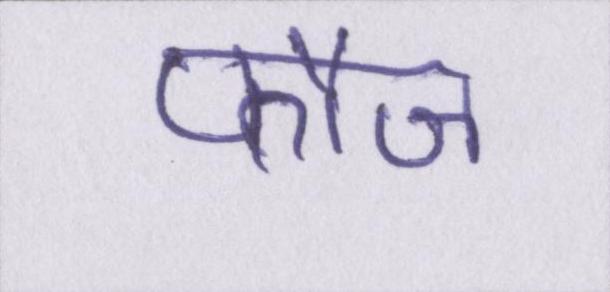
फौज